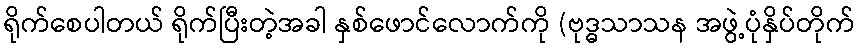
ရိုက်စေပါတယ် ရိုက်ပြီးတဲ့အခါ နှစ်ဖောင်လောက်ကို (ဗုဒ္ဓသာသန အဖွဲ့ပုံနှိပ်တိုက်